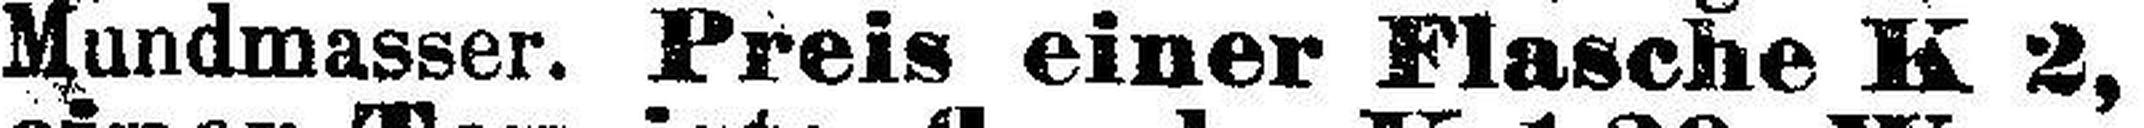
Mundmasser. Preis einer Flasche K 2,